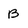
Character: B